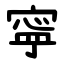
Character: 寜